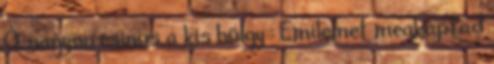
Ó, nagyon csinos a kis hölgy : Emilemet megkaptad